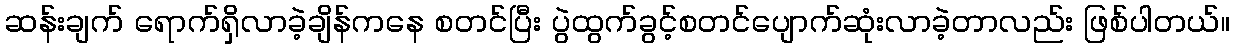
ဆန်းချက် ရောက်ရှိလာခဲ့ချိန်ကနေ စတင်ပြီး ပွဲထွက်ခွင့်စတင်ပျောက်ဆုံးလာခဲ့တာလည်း ဖြစ်ပါတယ်။